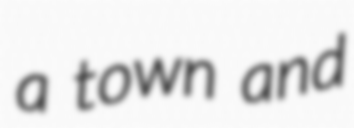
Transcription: a town and